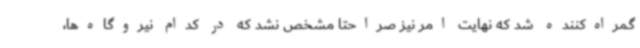
گمراه‌کننده شد که نهایت امر نیز صراحتا مشخص نشد که در کدام نیروگاه‌ها،